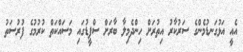
އެއީ އަޅުގަނޑުމެންގެ ސަރުކާރު އިތުރަށް ހިންދެމިލާ ބާރަށް ސްޕީޑުގައި މަސައްކަތް ކުރުމުގެ ފުރުސަތު